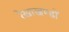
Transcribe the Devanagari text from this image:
रेखाखण्डों